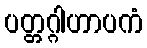
ပတ္တဂ္ဂါဟာပကံ